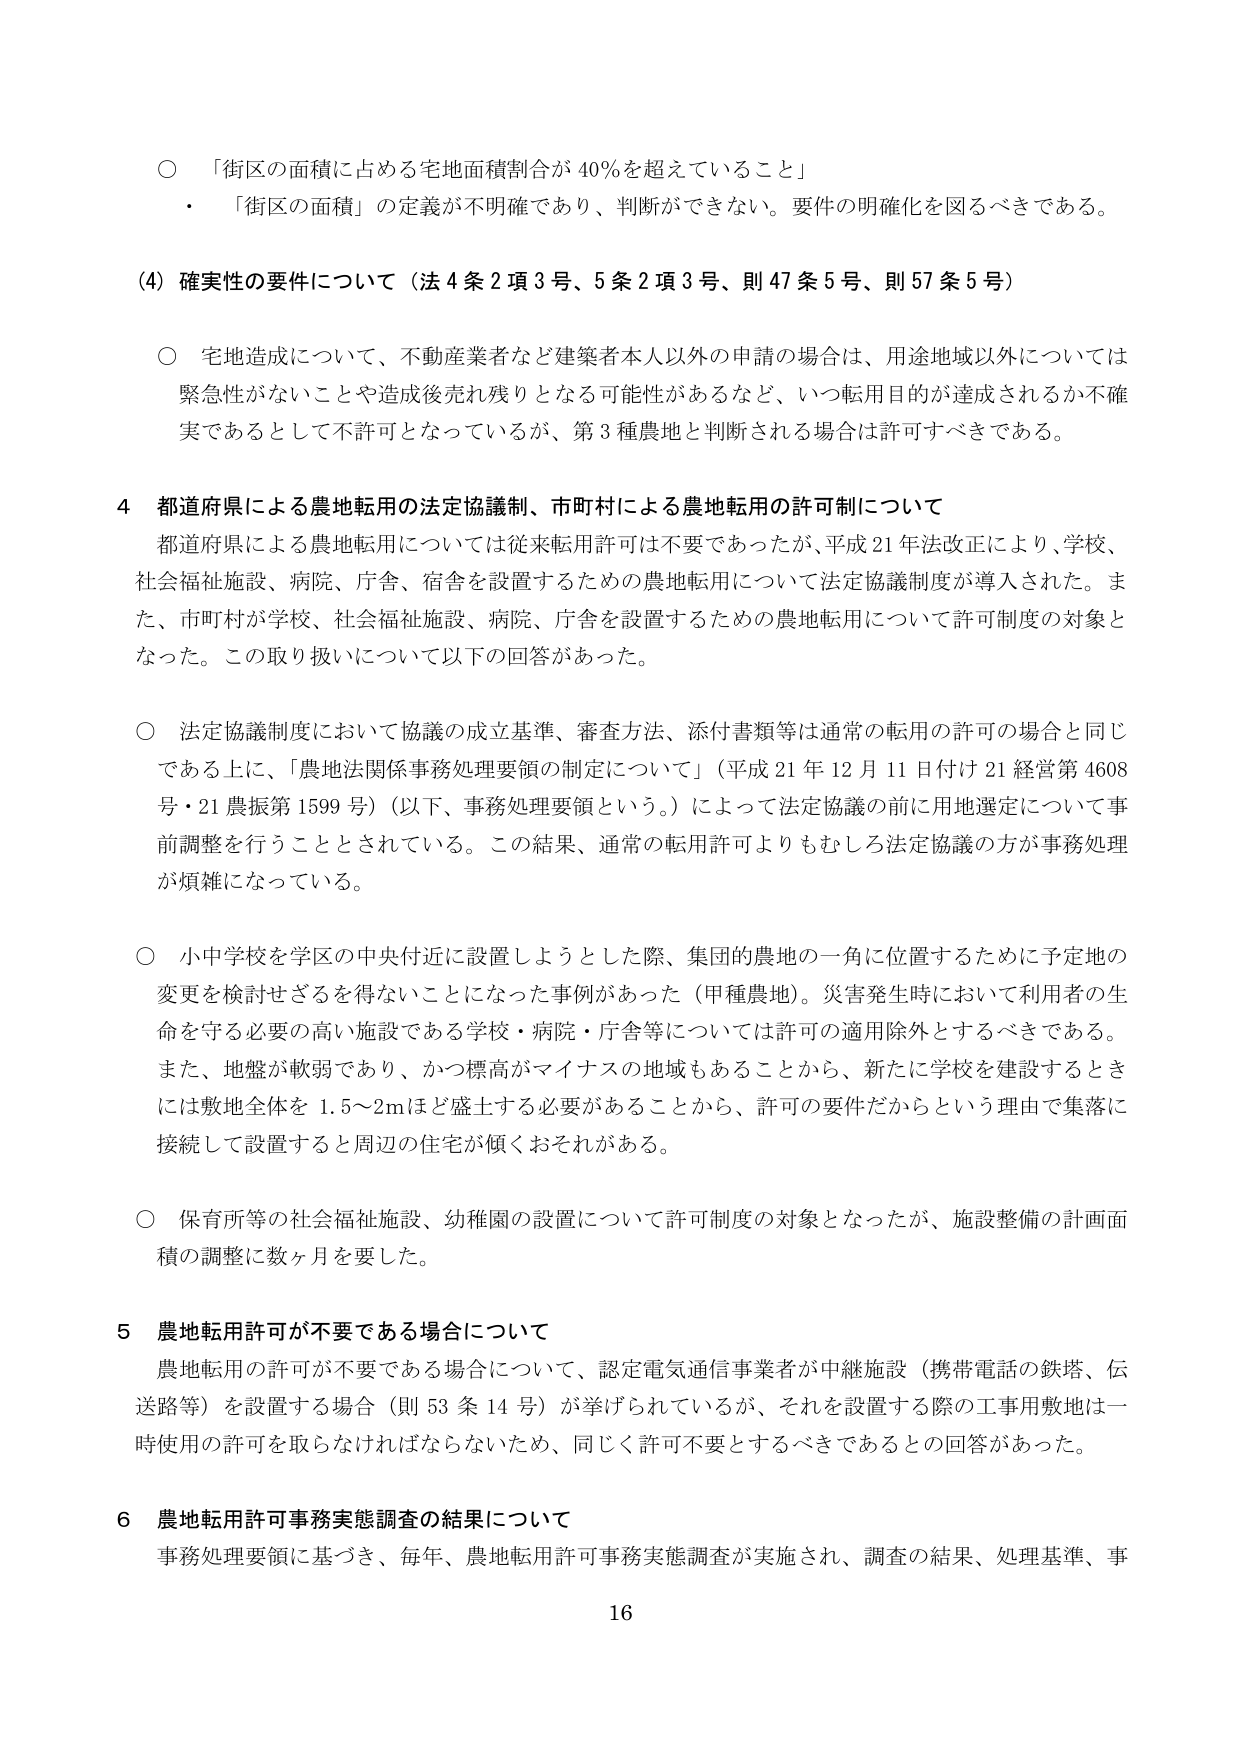
○ 「街区の面積に占める宅地面積割合が 40％を超えていること」
・ 「街区の面積」の定義が不明確であり、判断ができない。要件の明確化を図るべきである。

(4) 確実性の要件について（法 4 条 2 項 3 号、5 条 2 項 3 号、則 47 条 5 号、則 57 条 5 号）

○ 宅地造成について、不動産業者など建築者本人以外の申請の場合は、用途地域以外については緊急性がないことや造成後売れ残りとなる可能性があるなど、いつ転用目的が達成されるか不確実であるとして不許可となっているが、第 3 種農地と判断される場合は許可すべきである。

4 都道府県による農地転用の法定協議制、市町村による農地転用の許可制について
都道府県による農地転用については従来転用許可は不要であったが、平成 21 年法改正により、学校、社会福祉施設、病院、庁舎、宿舎を設置するための農地転用について法定協議制度が導入された。また、市町村が学校、社会福祉施設、病院、庁舎を設置するための農地転用について許可制度の対象となった。この取り扱いについて以下の回答があった。

○ 法定協議制度において協議の成立基準、審査方法、添付書類等は通常の転用の許可の場合と同じである上に、「農地法関係事務処理要領の制定について」（平成 21 年 12 月 11 日付け 21 経営第 4608 号・21 農振第 1599 号）（以下、事務処理要領という。）によって法定協議の前に用地選定について事前調整を行うこととされている。この結果、通常の転用許可よりもむしろ法定協議の方が事務処理が煩雑になっている。

○ 小中学校を学区の中央付近に設置しようとした際、集団的農地の一角に位置するために予定地の変更を検討せざるを得ないことになった事例があった（甲種農地）。災害発生時において利用者の生命を守る必要の高い施設である学校・病院・庁舎等については許可の適用除外とするべきである。また、地盤が軟弱であり、かつ標高がマイナスの地域もあることから、新たに学校を建設するときには敷地全体を 1.5～2mほど盛土する必要があることから、許可の要件だからという理由で集落に接続して設置すると周辺の住宅が傾くおそれがある。

○ 保育所等の社会福祉施設、幼稚園の設置について許可制度の対象となったが、施設整備の計画面積の調整に数ヶ月を要した。

5 農地転用許可が不要である場合について
農地転用の許可が不要である場合について、認定電気通信事業者が中継施設（携帯電話の鉄塔、伝送路等）を設置する場合（則 53 条 14 号）が挙げられているが、それを設置する際の工事用敷地は一時使用の許可を取らなければならないため、同じく許可不要とするべきであるとの回答があった。

6 農地転用許可事務実態調査の結果について
事務処理要領に基づき、毎年、農地転用許可事務実態調査が実施され、調査の結果、処理基準、事

16